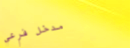
مدخل فرعي